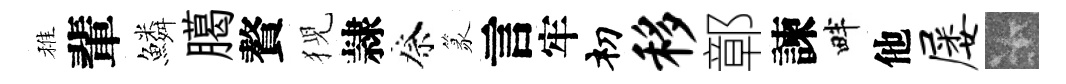
稚輩鱗臈贅猊隷祭篆言牢𥘉移鄣諫畔他屡卡